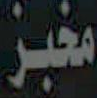
مخبز